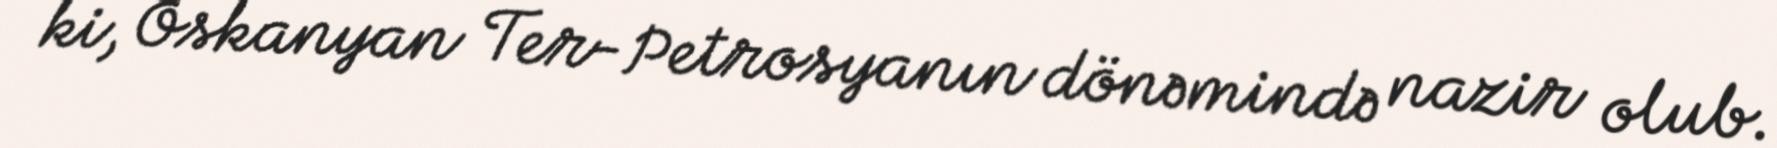
ki, Oskanyan Ter-Petrosyanın dönəmində nazir olub.